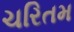
ચરિતમ